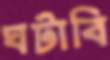
ঘটাবি